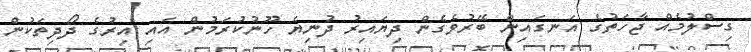
ގިސްލުމެއް ޖާހަތުގެ އަނގައިން ބޭރުވެގެން ދިޔައިރު ދުނިޔެ ހޫނުކުރަމުން އައި އިރުގެ ދޯދިތަކުން